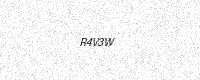
Text: R4V3W